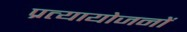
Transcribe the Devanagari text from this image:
प्रत्यायोजनों